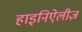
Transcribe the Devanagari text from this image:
हाइनिऐलीज़